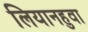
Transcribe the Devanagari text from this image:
लियानहुवा